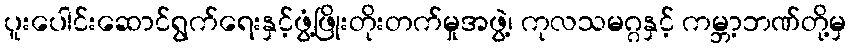
ပူးပေါင်းဆောင်ရွက်ရေးနှင့်ဖွံ့ဖြိုးတိုးတက်မှုအဖွဲ့၊ ကုလသမဂ္ဂနှင့် ကမ္ဘာ့ဘဏ်တို့မှ